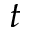
t